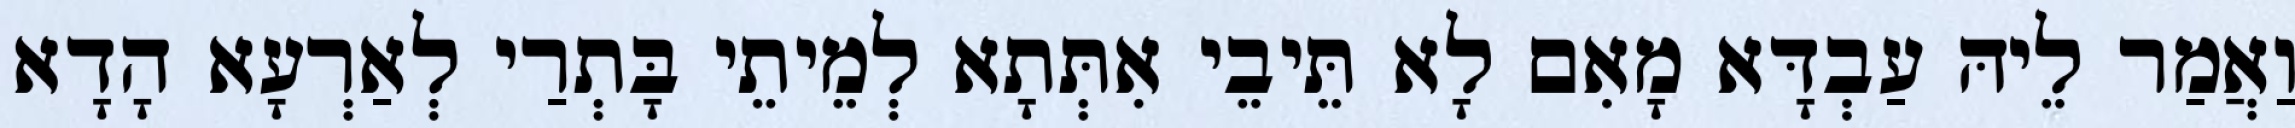
וַאֲמַר לֵיהּ עַבְדָּא מָאִם לָא תֵּיבֵי אִתְּתָא לְמֵיתֵי בָּתְרַי לְאַרְעָא הָדָא